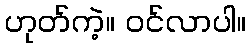
ဟုတ်ကဲ့။ ဝင်လာပါ။